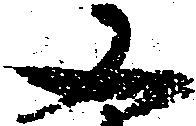
又